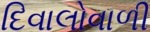
દિવાલોવાળી